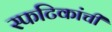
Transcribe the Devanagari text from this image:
स्फटिकांची